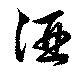
酒